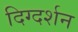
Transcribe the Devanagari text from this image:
दिग्‍दर्शन